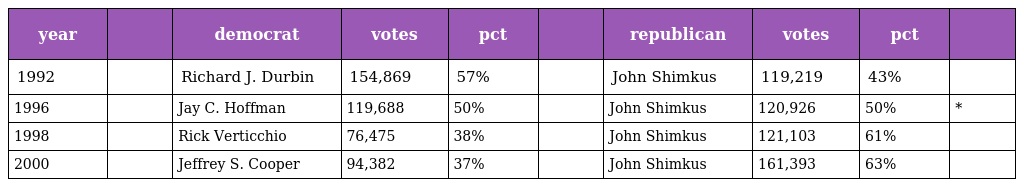
| year |  | democrat | votes | pct |  | republican | votes | pct |  |
 | --- | --- | --- | --- | --- | --- | --- | --- | --- | --- |
 | 1992 |  | Richard J. Durbin | 154,869 | 57% |  | John Shimkus | 119,219 | 43% |  |
 | 1996 |  | Jay C. Hoffman | 119,688 | 50% |  | John Shimkus | 120,926 | 50% | * |
 | 1998 |  | Rick Verticchio | 76,475 | 38% |  | John Shimkus | 121,103 | 61% |  |
 | 2000 |  | Jeffrey S. Cooper | 94,382 | 37% |  | John Shimkus | 161,393 | 63% |  |